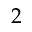
2